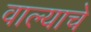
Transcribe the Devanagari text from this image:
वाल्याचे